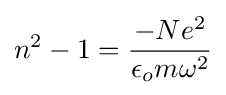
n^{2}-1={\frac {-Ne^{2}}{\epsilon _{o}m\omega ^{2}}}